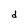
Character: d